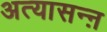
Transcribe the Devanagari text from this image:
अत्यासन्ऩ